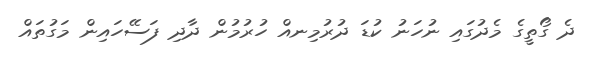
ދެ ގޯތީގެ މެދުގައި ނުހަނު ކުޑަ ދުރުމިނއް ހުރުމުން ދާދި ފަސޭހައިން މަގުތައް